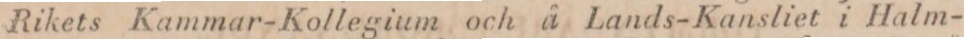
Rikets Kammar-Kollegium och å Lands-Kansliet i Halm-